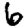
Digit: 6